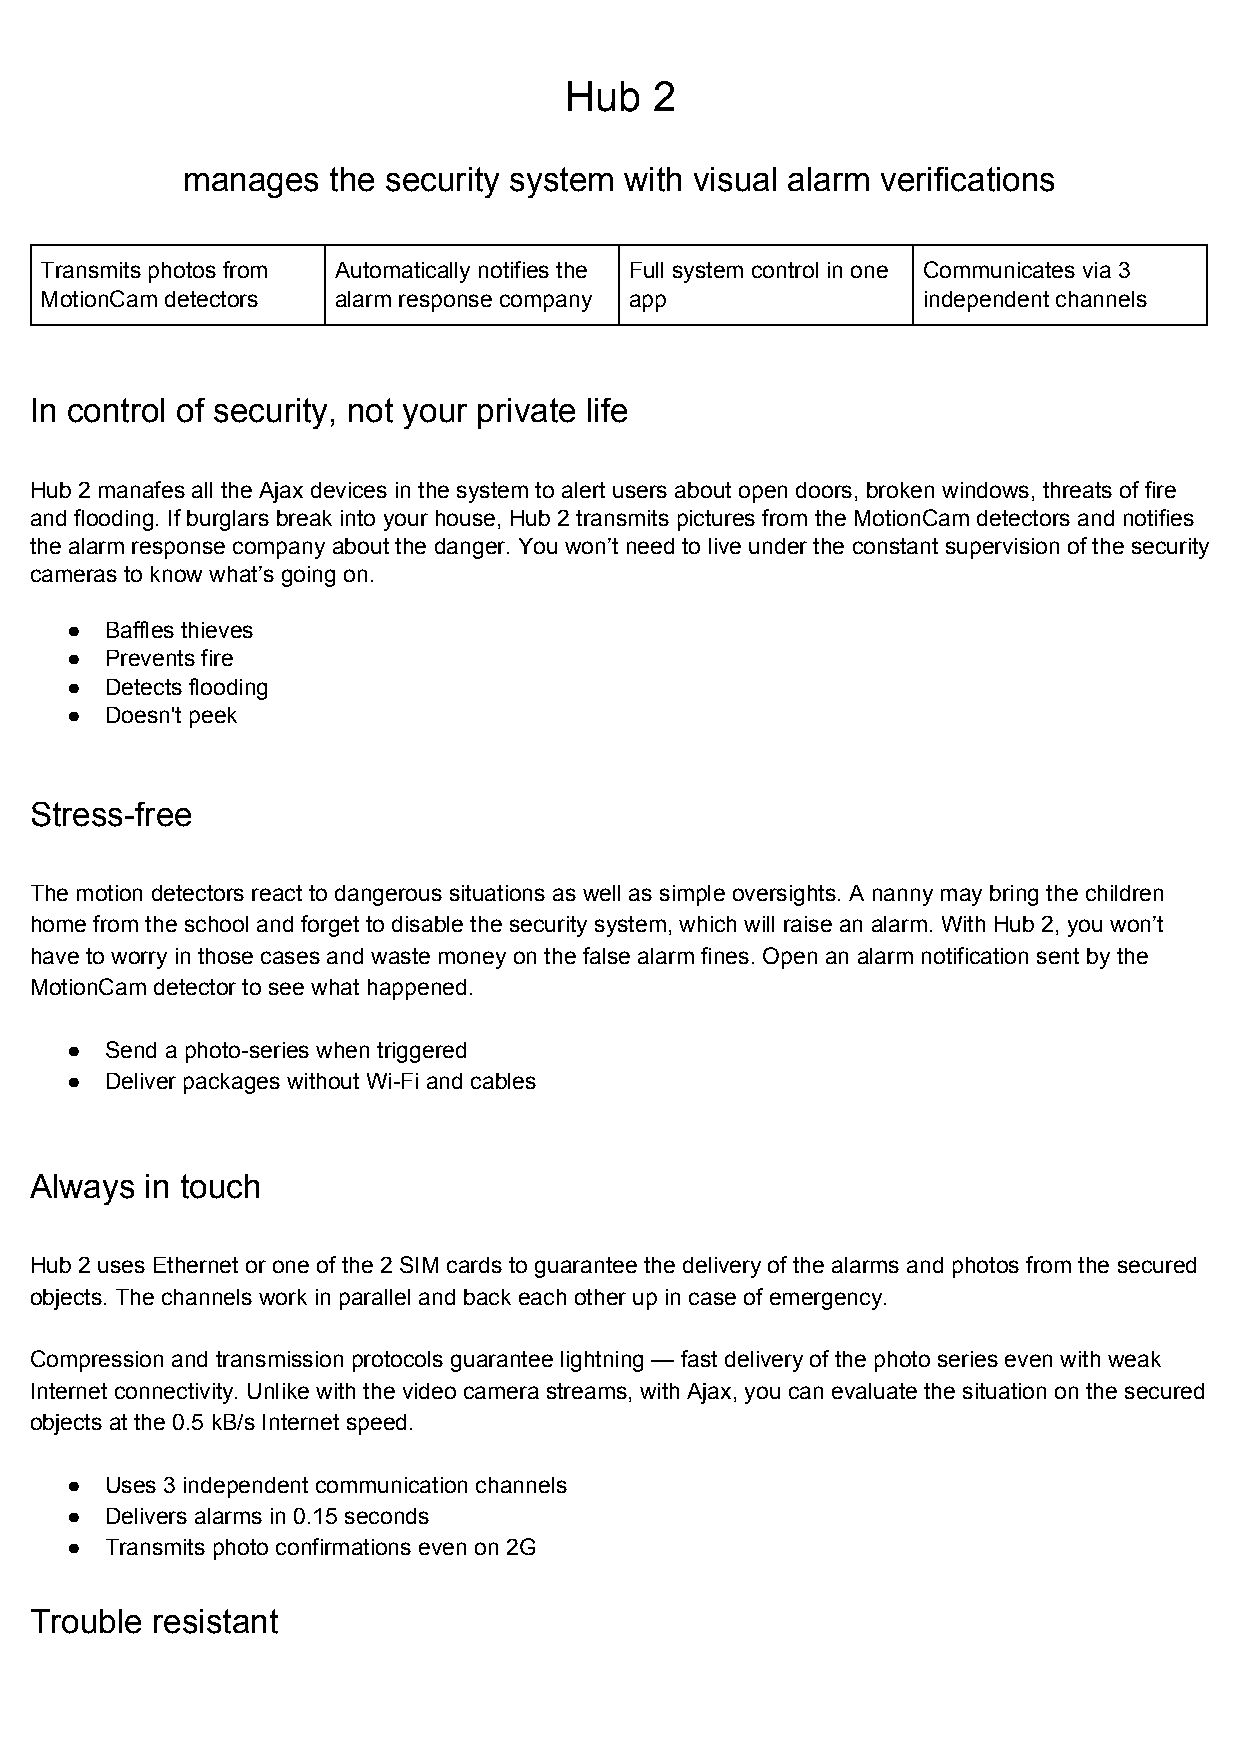
Hub   2
 manages   the security system with visual alarm verifications
 Transmits photos from Automatically notifies the Full system control in one Communicates via 3
 MotionCam detectors alarm response company app            independent channels
 In control of security, not your private life
 Hub 2 manafes all the Ajax devices in the system to alert users about open doors, broken windows, threats of fire
 and flooding. If burglars break into your house, Hub 2 transmits pictures from the MotionCam detectors and notifies
 the alarm response company about the danger. You won’t need to live under the constant supervision of the security
 cameras to know what’s going on.
 ●  Baffles thieves
 ●  Prevents fire
 ●  Detects flooding
 ●  Doesn't peek
 Stress-free
 The motion detectors react to dangerous situations as well as simple oversights. A nanny may bring the children
 home from the school and forget to disable the security system, which will raise an alarm. With Hub 2, you won’t
 have to worry in those cases and waste money on the false alarm fines. Open an alarm notification sent by the
 MotionCam detector to see what happened.
 ●  Send a photo-series when triggered
 ●  Deliver packages without Wi-Fi and cables
 Always  in touch
 Hub 2 uses Ethernet or one of the 2 SIM cards to guarantee the delivery of the alarms and photos from the secured
 objects. The channels work in parallel and back each other up in case of emergency.
 Compression and transmission protocols guarantee lightning — fast delivery of the photo series even with weak
 Internet connectivity. Unlike with the video camera streams, with Ajax, you can evaluate the situation on the secured
 objects at the 0.5 kB/s Internet speed.
 ●  Uses 3 independent communication channels
 ●  Delivers alarms in 0.15 seconds
 ●  Transmits photo confirmations even on 2G
 Trouble resistant